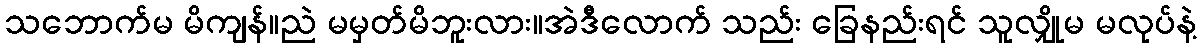
သဘောက်မ မိကျန်။ညဲ မမှတ်မိဘူးလား။အဲဒီလောက် သည်း ခြေနည်းရင် သူလျှိုမ မလုပ်နဲ့